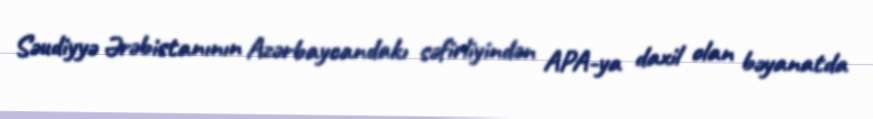
Səudiyyə Ərəbistanının Azərbaycandakı səfirliyindən APA-ya daxil olan bəyanatda